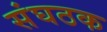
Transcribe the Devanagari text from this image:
संघठक